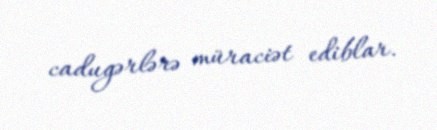
cadugərlərə müraciət ediblar.